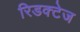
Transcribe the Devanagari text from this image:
रिडक्टेज